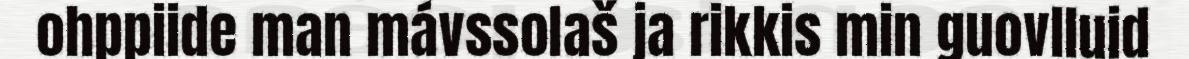
ohppiide man mávssolaš ja rikkis min guovlluid